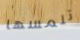
تلمسها